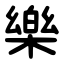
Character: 樂